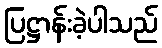
ပြဋ္ဌာန်းခဲ့ပါသည်